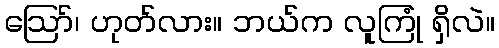
ဪ၊ ဟုတ်လား။ ဘယ်က လူကြုံ ရှိလဲ။